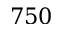
7 5 0